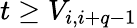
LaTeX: t\ge V_{i,i+q-1}